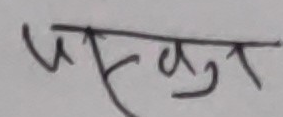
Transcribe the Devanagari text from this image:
पस्कुत